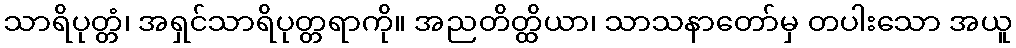
သာရိပုတ္တံ၊ အရှင်သာရိပုတ္တရာကို။ အညတိတ္ထိယာ၊ သာသနာတော်မှ တပါးသော အယူ